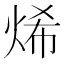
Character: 烯